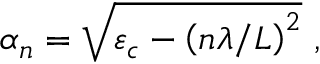
\alpha _ { n } = \sqrt { \varepsilon _ { c } - \left( n \lambda / L \right) ^ { 2 } } \mathrm { ~ , ~ }